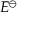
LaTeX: \textstyle E ^ { \ominus }